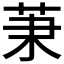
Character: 𦮵